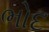
ભોદ